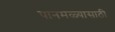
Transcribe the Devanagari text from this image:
पानमळ्यासाठी